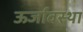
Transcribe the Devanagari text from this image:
ऊर्जावस्था